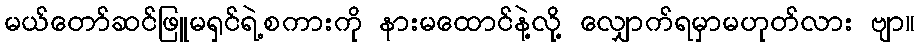
မယ်တော်ဆင်ဖြူမရှင်ရဲ့စကားကို နားမထောင်နဲ့လို့ လျှောက်ရမှာမဟုတ်လား ဗျာ။